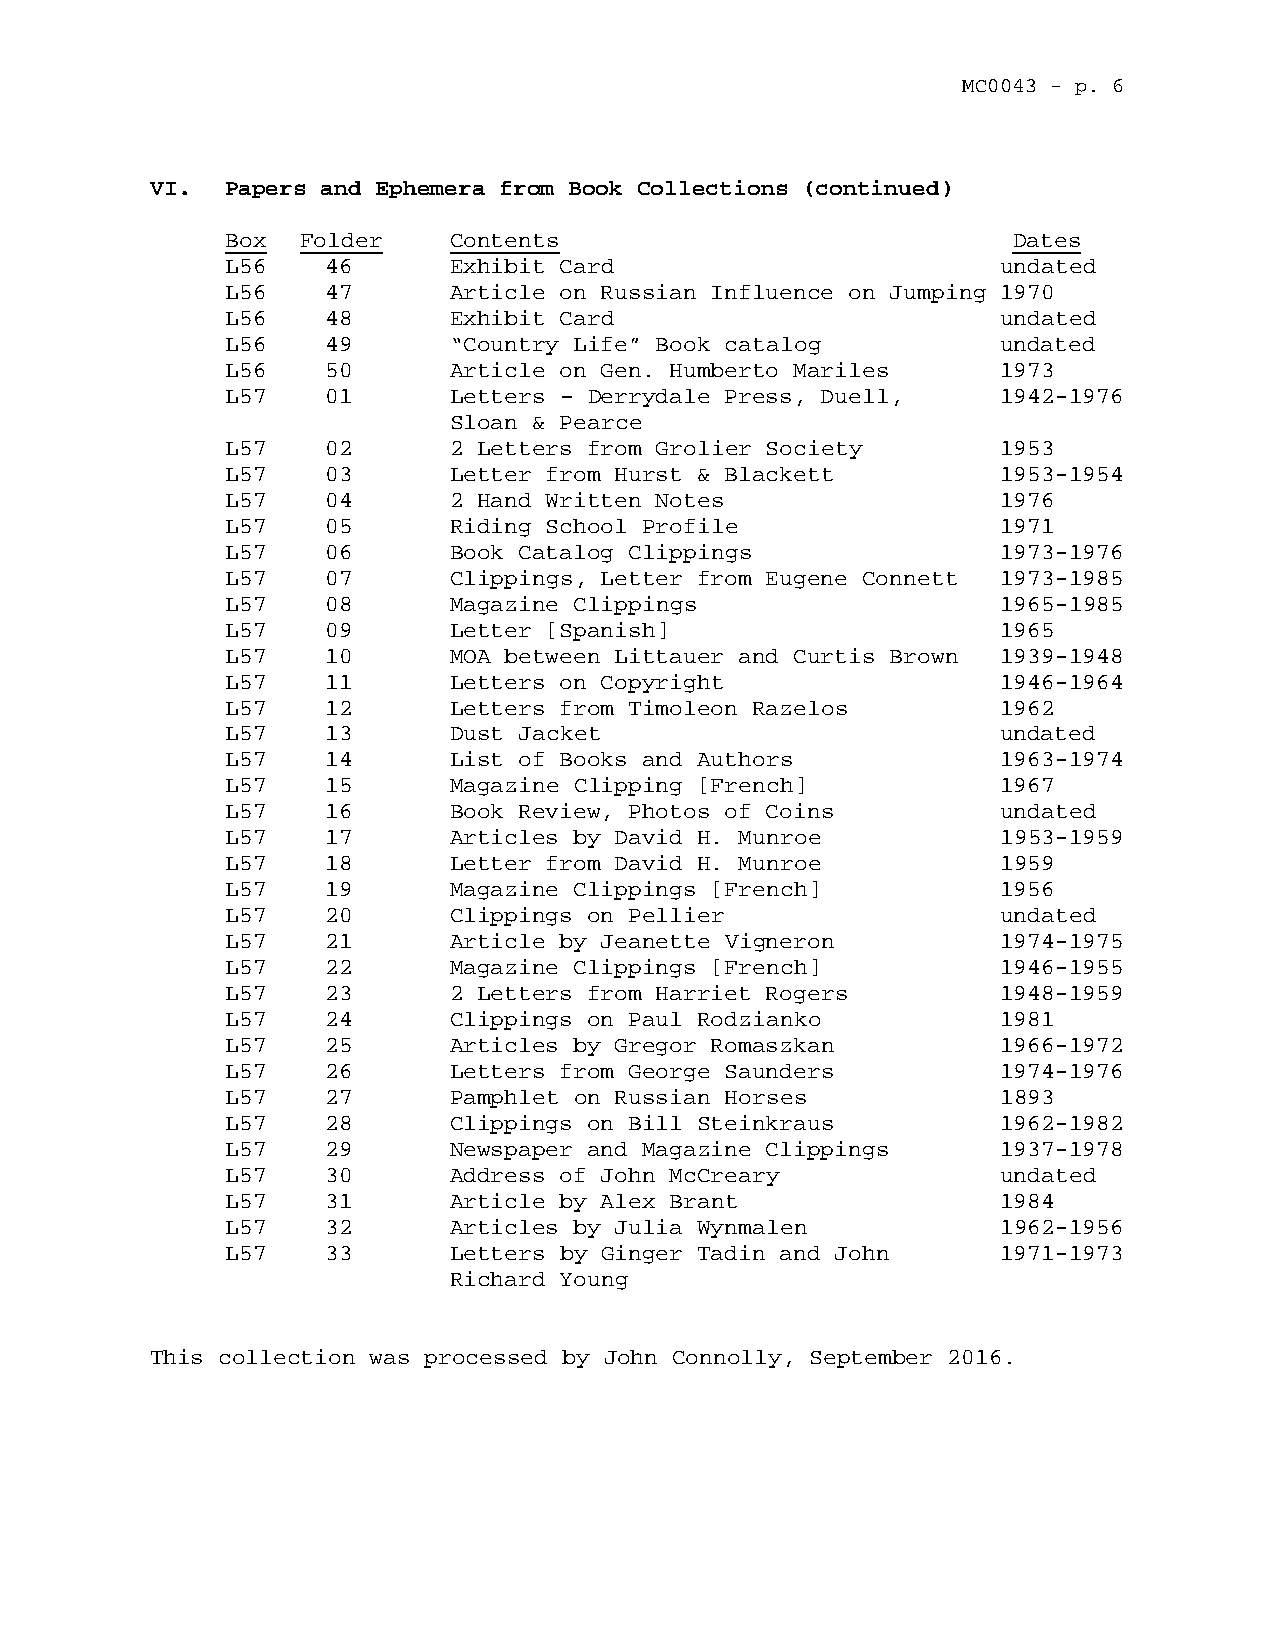
MC0043 - p. 6
 VI.  Papers and Ephemera from Book Collections (continued)
 Box  Folder    Contents                             Dates
 L56    46      Exhibit Card                        undated
 L56    47      Article on Russian Influence on Jumping 1970
 L56    48      Exhibit Card                        undated
 L56    49      “Country Life” Book catalog         undated
 L56    50      Article on Gen. Humberto Mariles    1973
 L57    01      Letters – Derrydale Press, Duell,   1942-1976
 Sloan & Pearce
 L57    02      2 Letters from Grolier Society      1953
 L57    03      Letter from Hurst & Blackett        1953-1954
 L57    04      2 Hand Written Notes                1976
 L57    05      Riding School Profile               1971
 L57    06      Book Catalog Clippings              1973-1976
 L57    07      Clippings, Letter from Eugene Connett 1973-1985
 L57    08      Magazine Clippings                  1965-1985
 L57    09      Letter [Spanish]                    1965
 L57    10      MOA between Littauer and Curtis Brown 1939-1948
 L57    11      Letters on Copyright                1946-1964
 L57    12      Letters from Timoleon Razelos       1962
 L57    13      Dust Jacket                         undated
 L57    14      List of Books and Authors           1963-1974
 L57    15      Magazine Clipping [French]          1967
 L57    16      Book Review, Photos of Coins        undated
 L57    17      Articles by David H. Munroe         1953-1959
 L57    18      Letter from David H. Munroe         1959
 L57    19      Magazine Clippings [French]         1956
 L57    20      Clippings on Pellier                undated
 L57    21      Article by Jeanette Vigneron        1974-1975
 L57    22      Magazine Clippings [French]         1946-1955
 L57    23      2 Letters from Harriet Rogers       1948-1959
 L57    24      Clippings on Paul Rodzianko         1981
 L57    25      Articles by Gregor Romaszkan        1966-1972
 L57    26      Letters from George Saunders        1974-1976
 L57    27      Pamphlet on Russian Horses          1893
 L57    28      Clippings on Bill Steinkraus        1962-1982
 L57    29      Newspaper and Magazine Clippings    1937-1978
 L57    30      Address of John McCreary            undated
 L57    31      Article by Alex Brant               1984
 L57    32      Articles by Julia Wynmalen          1962-1956
 L57    33      Letters by Ginger Tadin and John    1971-1973
 Richard Young
 This collection was processed by John Connolly, September 2016.